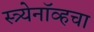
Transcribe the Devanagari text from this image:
स्त्र्येनॉव्हचा